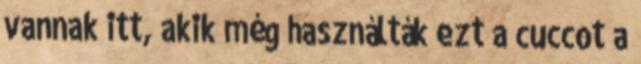
vannak itt, akik még használták ezt a cuccot a